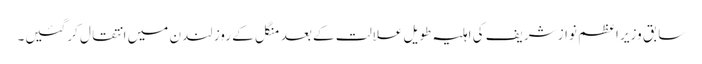
سابق وزیر اعظم نواز شریف کی اہلیہ طویل علالت کے بعد منگل کے روز لندن میں انتقال کرگئیں۔